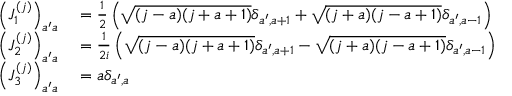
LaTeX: \begin{array} { r l } { \left( J _ { 1 } ^ { ( j ) } \right) _ { a ^ { \prime } a } } & { { } = { \frac { 1 } { 2 } } \left( { \sqrt { ( j - a ) ( j + a + 1 ) } } \delta _ { a ^ { \prime } , a + 1 } + { \sqrt { ( j + a ) ( j - a + 1 ) } } \delta _ { a ^ { \prime } , a - 1 } \right) } \\ { \left( J _ { 2 } ^ { ( j ) } \right) _ { a ^ { \prime } a } } & { { } = { \frac { 1 } { 2 i } } \left( { \sqrt { ( j - a ) ( j + a + 1 ) } } \delta _ { a ^ { \prime } , a + 1 } - { \sqrt { ( j + a ) ( j - a + 1 ) } } \delta _ { a ^ { \prime } , a - 1 } \right) } \\ { \left( J _ { 3 } ^ { ( j ) } \right) _ { a ^ { \prime } a } } & { { } = a \delta _ { a ^ { \prime } , a } } \end{array}